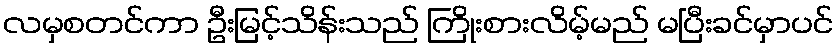
လမှစတင်ကာ ဦးမြင့်သိန်းသည် ကြိုးစားလိမ့်မည် မပြီးခင်မှာပင်